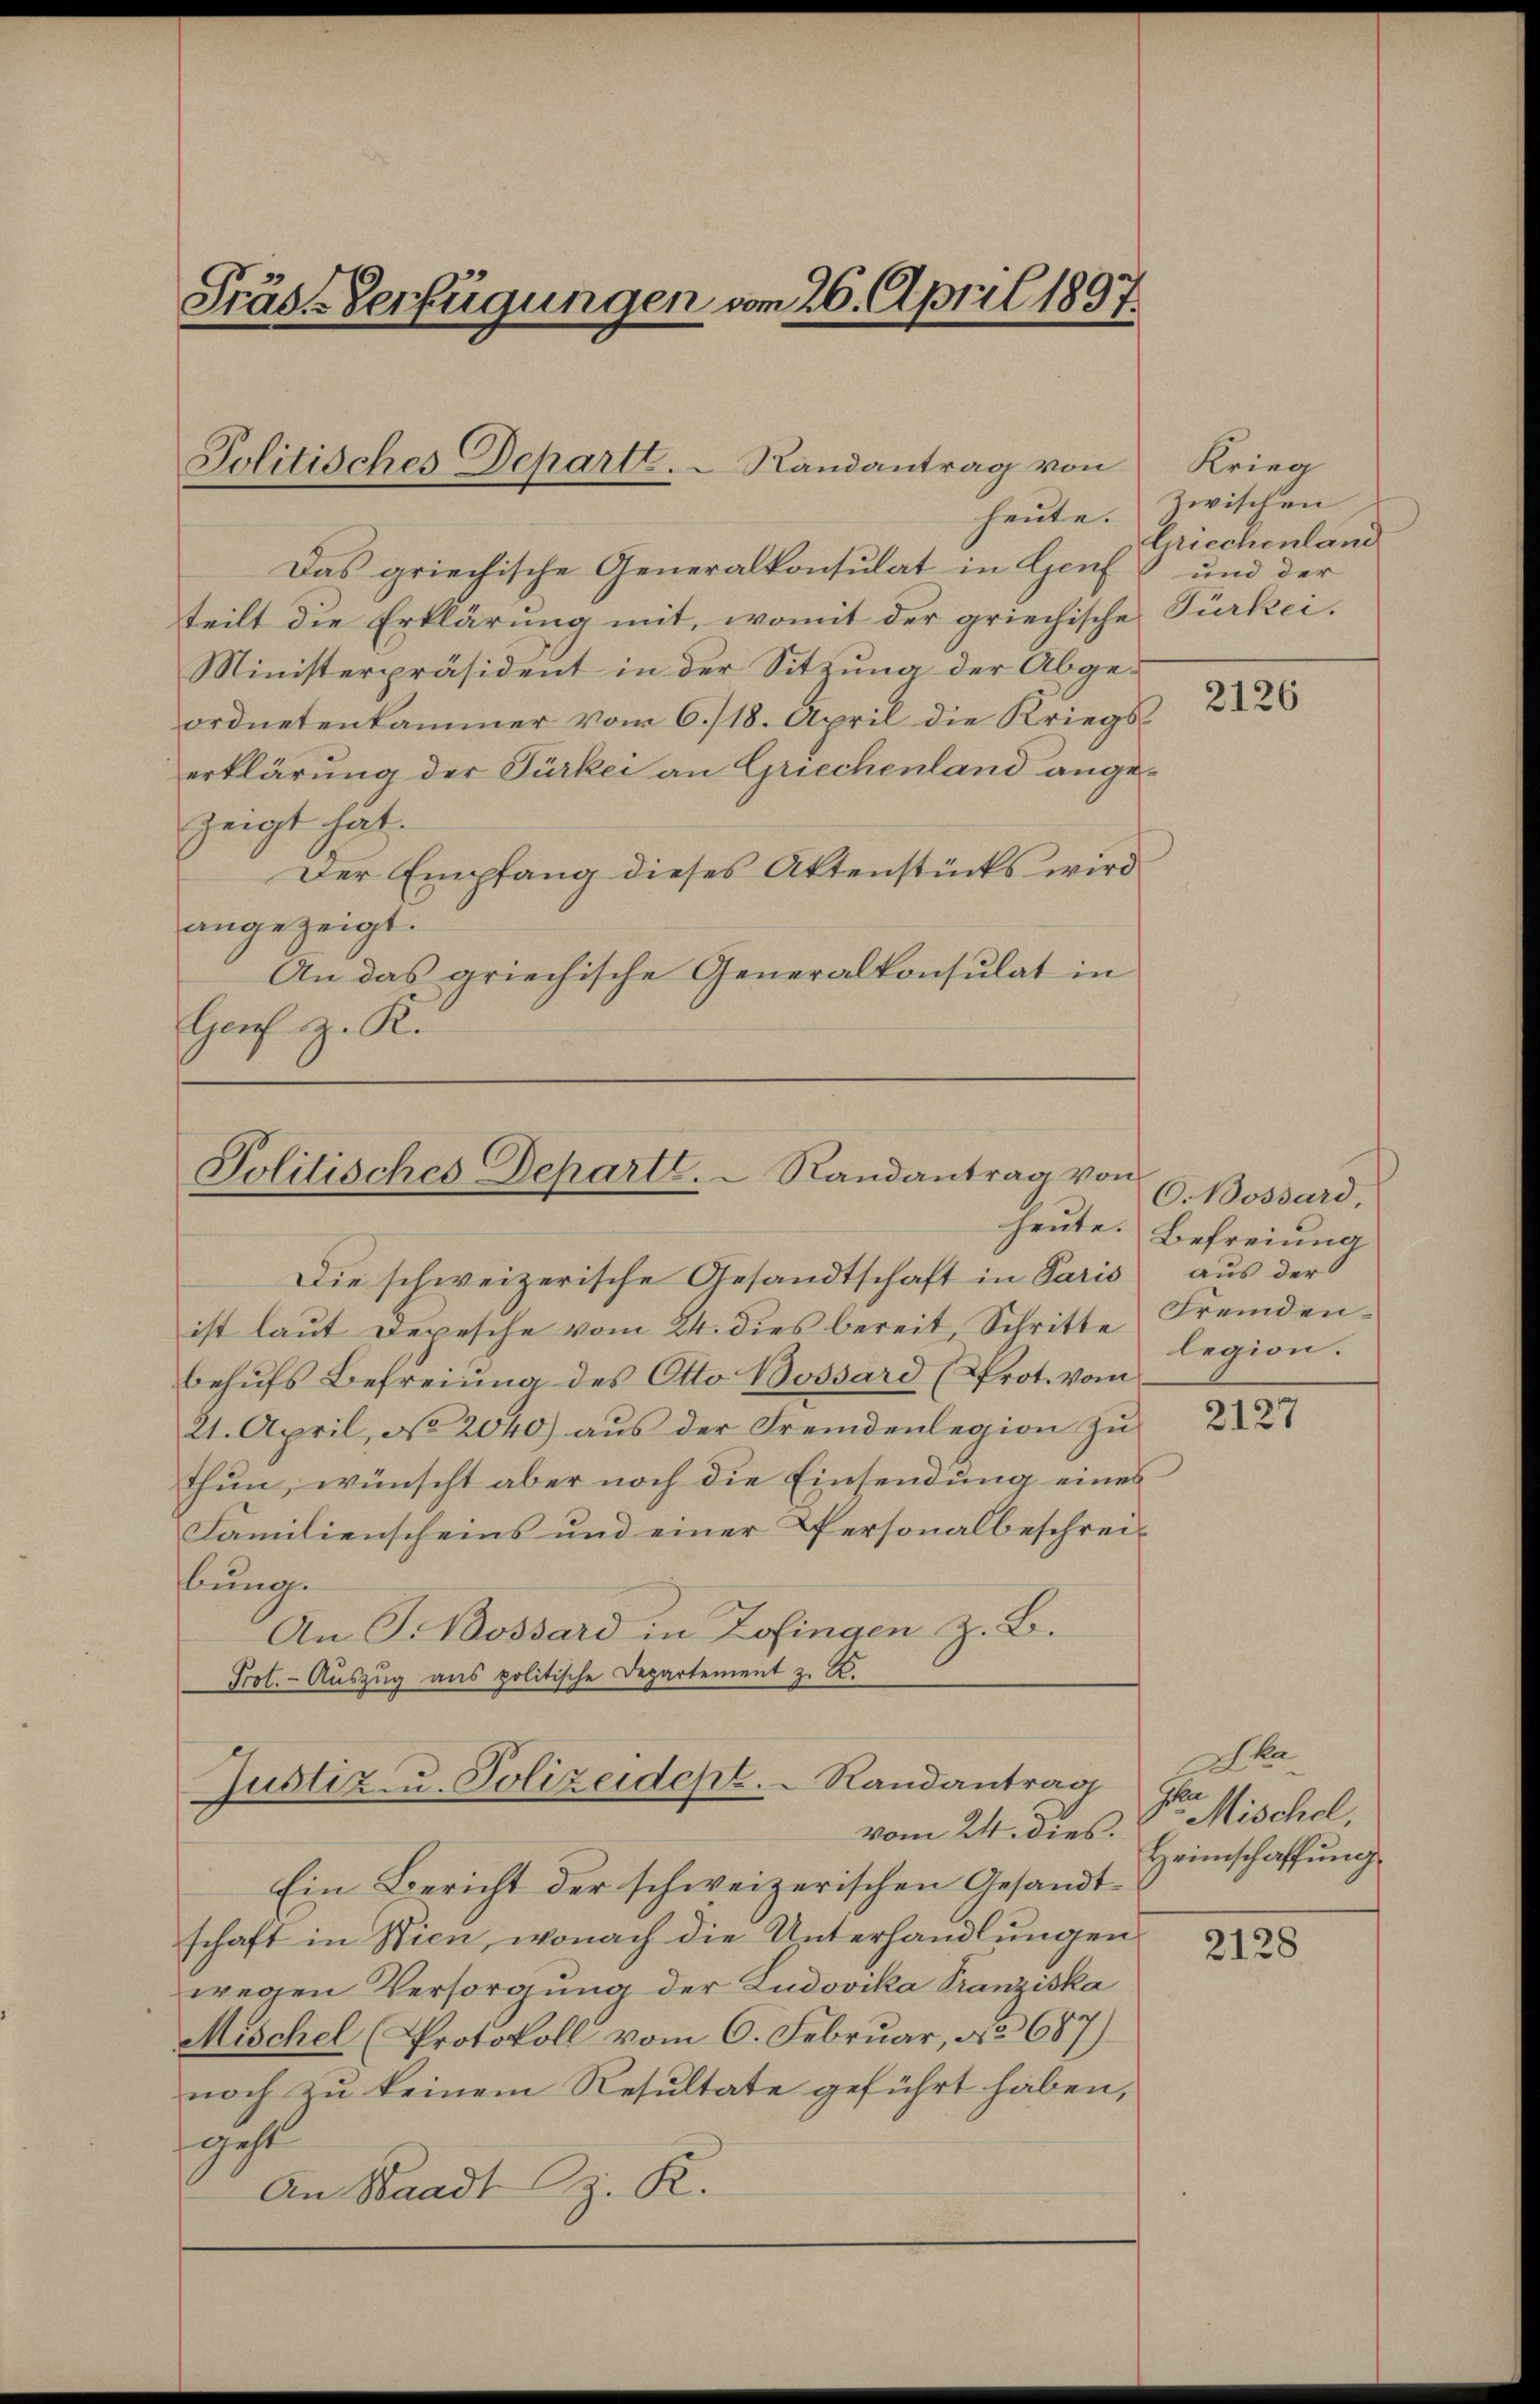
Präs. Verfügungen vom 26. April 1897.

Politisches Departe. - Randantrag von Krieg
heute.

Das griechische Generalkonsulat in Genf und der
teilt die Erklärung mit, womit der griechische Türkei.
Ministerpräsident in der Sitzung der Abge-
ordnetenkammer vom 6./18. April die Kriegserklärung der Türkei an Griechenland ange-
zeigt hat.
Der Empfang dieses Aktenstücks wird
angezeigt.
An das griechische Generalkonsulat in
Genf z. K.

Politisches Departe.  Randantrag von

Justiz- u. Polizeidept.   Randantrag

zwischen
Griechenland

Die schweizerische Gesandtschaft in Paris
ist laut Depesche vom 24. dies bereit, Schritte Fremdenbehufs Befreiung des Otto Bossard (Prot. vom
21. April, No 2040) aus der Fremdenlegion zu
thun, wünscht aber noch die Einsendung eines
Familienscheins und einer Personalbeschreibunge
An P. Bossard in Zofingen z. B.
Prot. - Auszug aus politische Departement z. B.

vom 24. dies.
Ein Bericht der schweizerischen Gesandtschaft in Wien, wonach die Unterhandlungen
wegen Versorgung der Ludovika Tranziska
Mischel (Protokoll vom 6. Februar, No 687)
noch zu keinem Resultate geführt haben,
gust
An Waadt z. R.

2126

C. Bossard,
heute. Befreiung
aus der
legion.

2127

Ahr
de Mischel,
Heimschaffung

2128